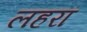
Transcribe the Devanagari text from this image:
लहरां